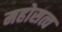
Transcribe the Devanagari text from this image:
महोसत्व